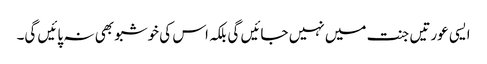
ایسی عورتیں جنت میں نہیں جائیں گی بلکہ اس کی خوشبو بھی نہ پائیں گی۔